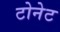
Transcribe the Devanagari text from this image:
टोनेट